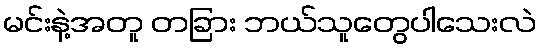
မင်းနဲ့အတူ တခြား ဘယ်သူတွေပါသေးလဲ